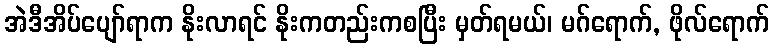
အဲဒီအိပ်ပျော်ရာက နိုးလာရင် နိုးကတည်းကစပြီး မှတ်ရမယ်၊ မဂ်ရောက်, ဖိုလ်ရောက်